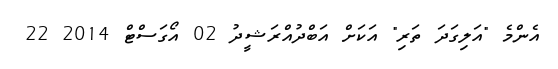
އެންމެ "އަލިގަދަ ތަރި" އަކަށް އަބްދުއްރަޝީދު 02 އޯގަސްޓް 2014 22